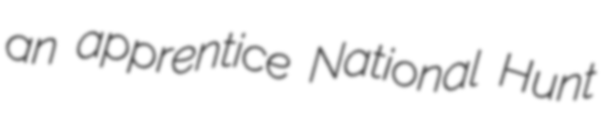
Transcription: an apprentice National Hunt